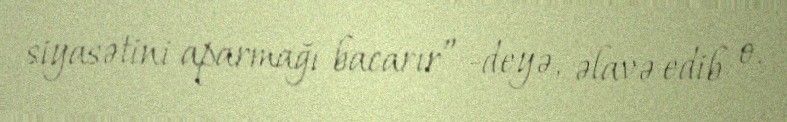
siyasətini aparmağı bacarır” -deyə, əlavə edib o.